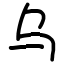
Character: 乌